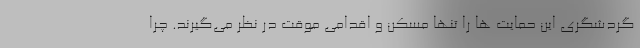
گردشگری این حمایت ها را تنها مسکن و اقدامی موقت در نظر می‌گیرند. چرا